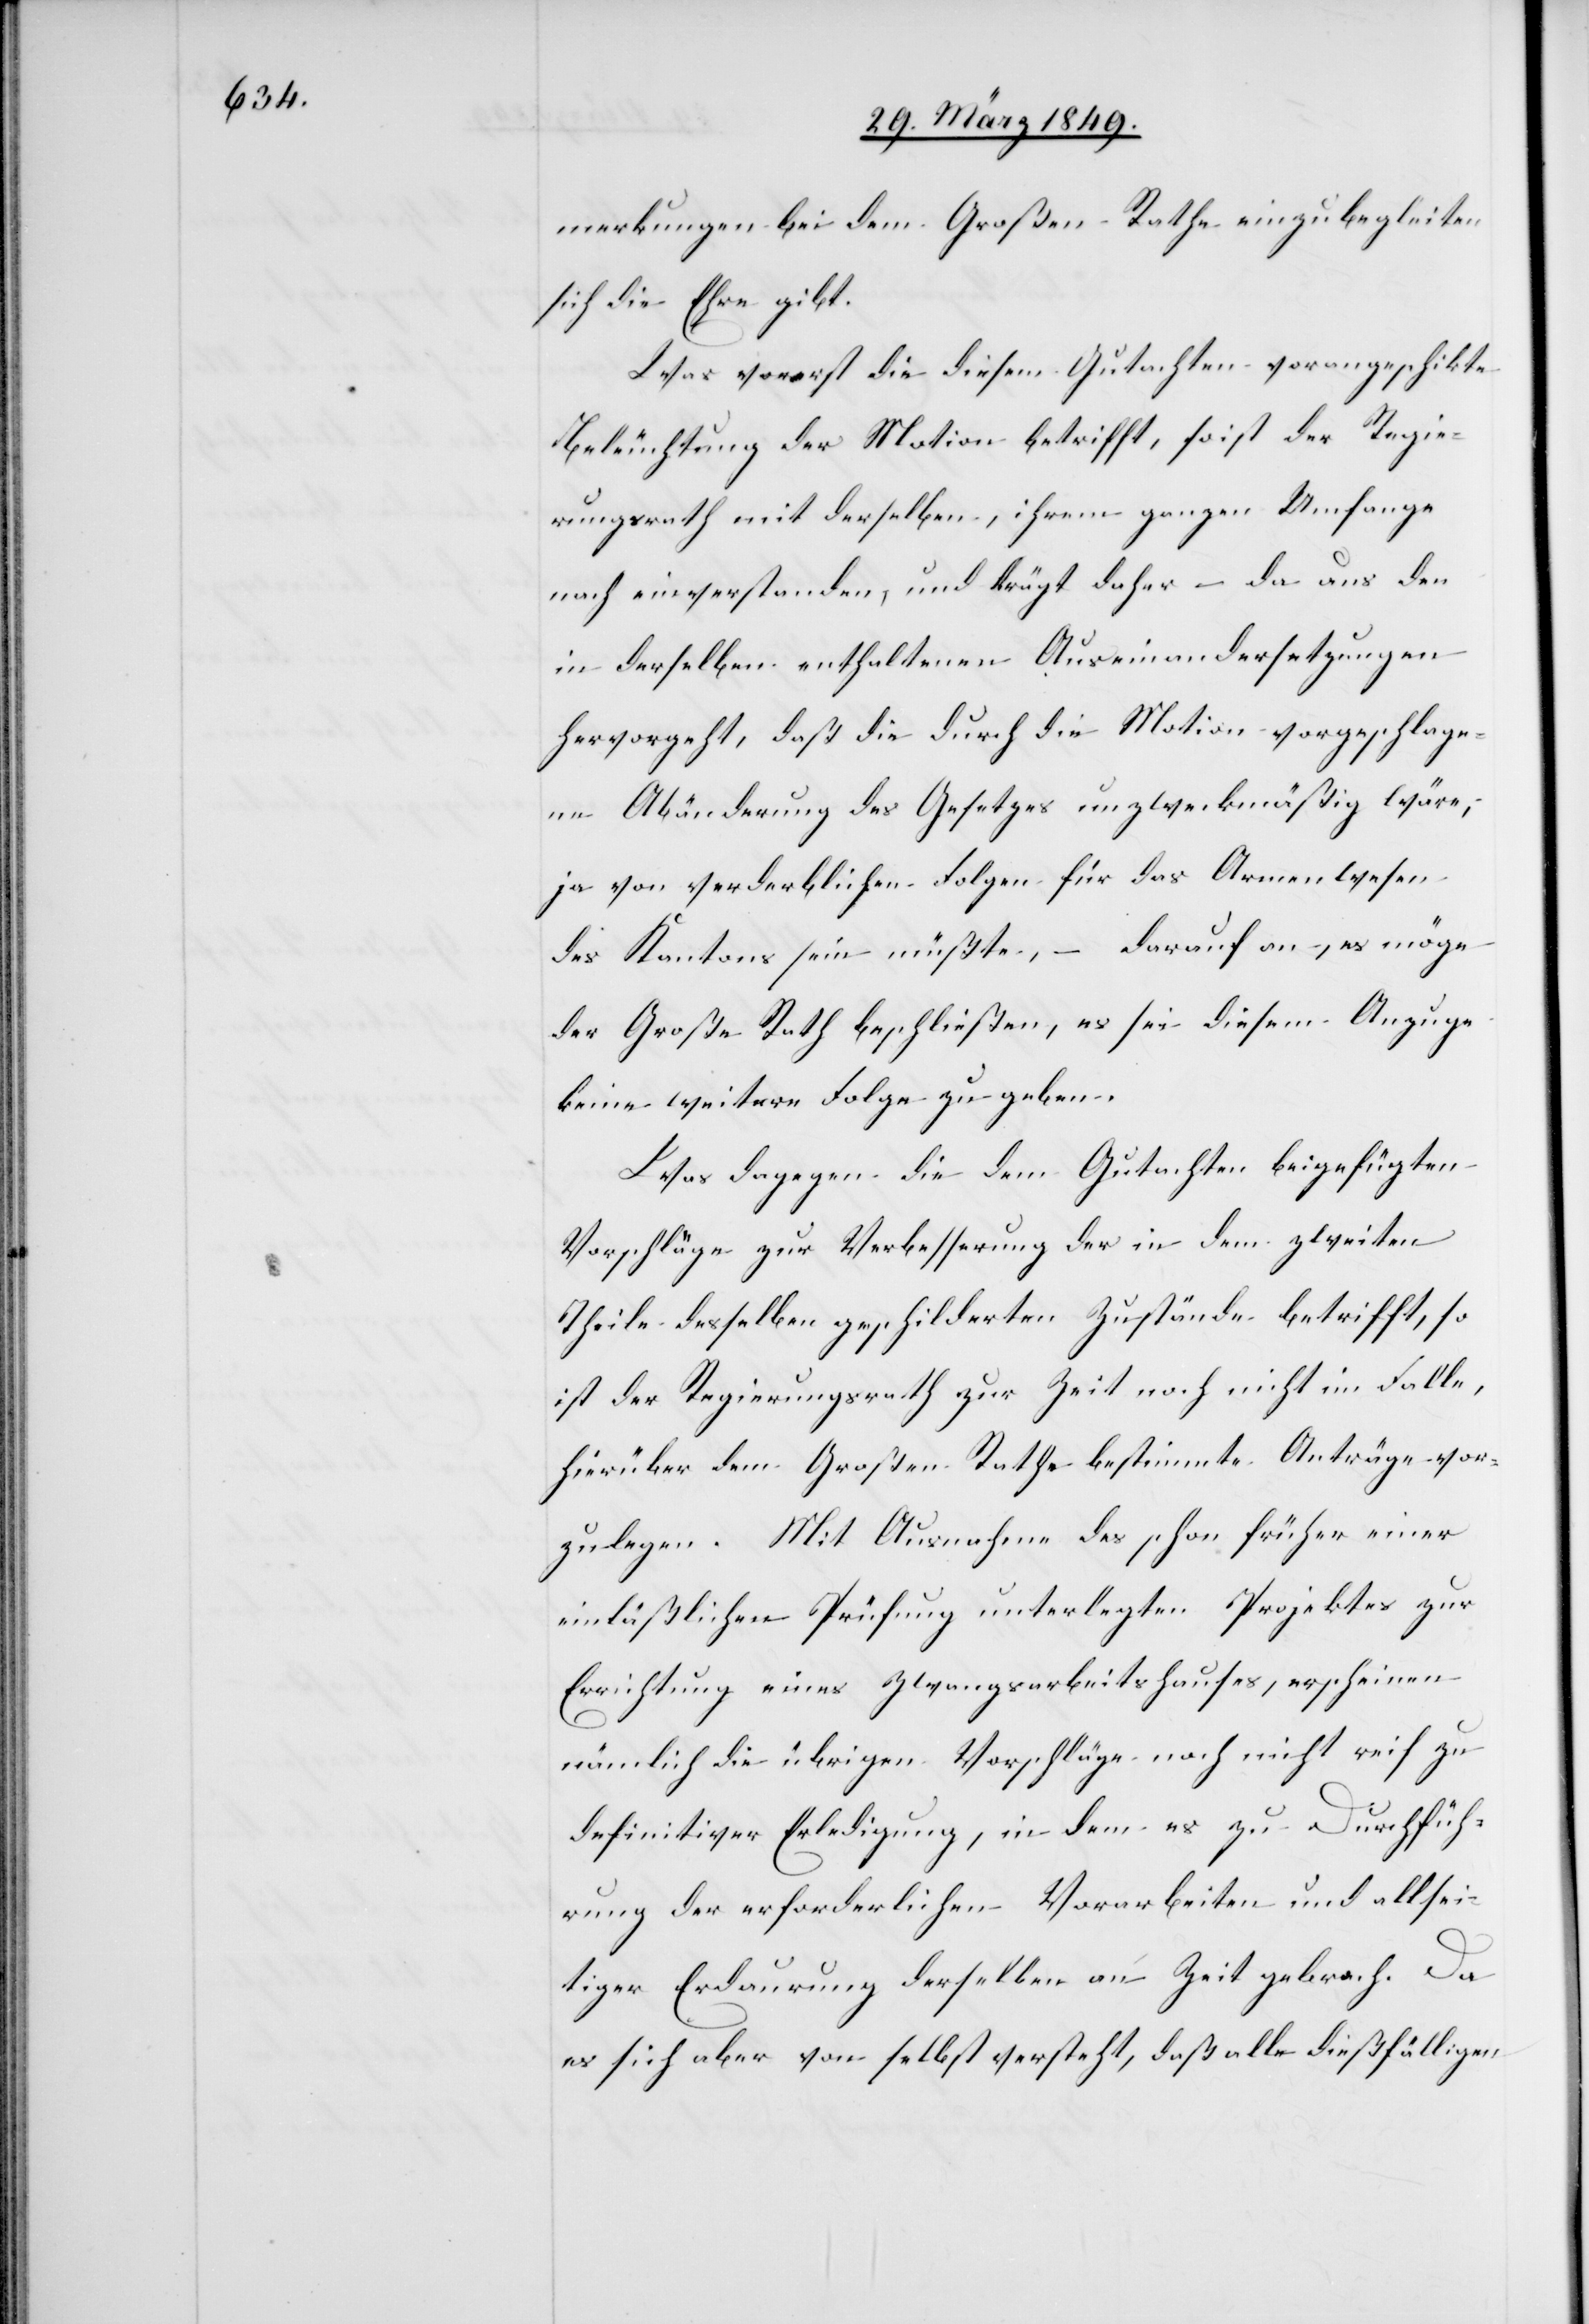
merkungen bei dem Großen Rathe einzubegleiten
sich die Ehre gibt.
Was vorerst die diesem Gutachten vorangeschikte
Beleuchtung der Motion betrifft, so ist der Regie¬
rungsrath mit derselben, ihrem ganzen Umfange
nach einverstanden, und trägt daher – da aus den
in derselben enthaltenen Auseinandersetzungen
hervorgeht, daß die durch die Motion vorgeschlage¬
ne Abänderung des Gesetzes unzweckmäßig wäre,
ja von verderblichen Folgen für das Armenwesen
des Kantons sein müßte, – darauf an, es möge
der Große Rath beschließen, es sei diesem Anzuge
keine weitere Folge zu geben.
Was dagegen die dem Gutachten beigefügten
Vorschläge zur Verbesserung der in dem zweiten
Theile desselben geschilderten Zustände betrifft, so
ist der Regierungsrath zur Zeit noch nicht im Falle,
hierüber dem Großen Rathe bestimmte Anträge vor¬
zulegen. Mit Ausnahme des schon früher einer
einläßlichen Prüfung unterlegten Projektes zur
Errichtung eines Zwangsarbeitshauses, erscheinen
nämlich die übrigen Vorschläge noch nicht reif zu
definitiver Erledigung, in dem es zu Durchfüh¬
rung der erforderlichen Vorarbeiten und allsei¬
tiger Erdaurung derselben an Zeit gebrach. Da
es sich aber von selbst versteht, daß alle dießfälligen